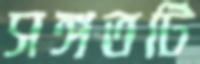
সঙ্গতটি